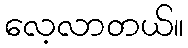
လေ့လာတယ်။